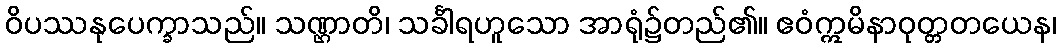
ဝိပဿနုပေက္ခာသည်။ သဏ္ဌာတိ၊ သင်္ခါရဟူသော အာရုံ၌တည်၏။ ဧဝံဣမိနာဝုတ္တတယေန၊